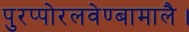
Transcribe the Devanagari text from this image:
पुरप्पोरलवेण्बामालै।